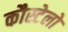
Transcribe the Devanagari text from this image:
कौस्टेलो